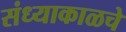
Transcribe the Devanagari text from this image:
संध्याकाळचे